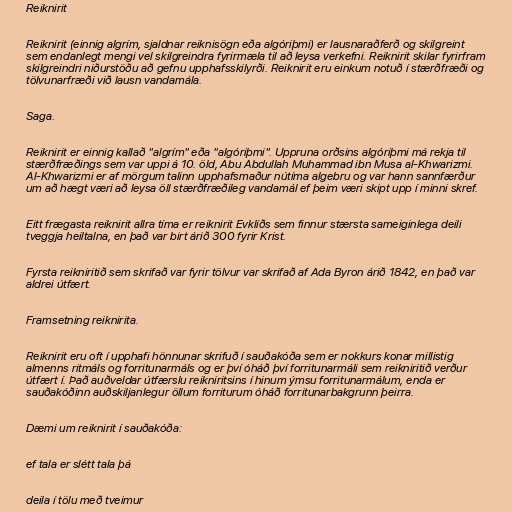
Reiknirit

Reiknirit (einnig algrím, sjaldnar reiknisögn eða algóriþmi) er lausnaraðferð og skilgreint
sem endanlegt mengi vel skilgreindra fyrirmæla til að leysa verkefni. Reiknirit skilar fyrirfram
skilgreindri niðurstöðu að gefnu upphafsskilyrði. Reiknirit eru einkum notuð í stærðfræði og
tölvunarfræði við lausn vandamála.

Saga.

Reiknirit er einnig kallað "algrím" eða "algóriþmi". Uppruna orðsins algóriþmi má rekja til
stærðfræðings sem var uppi á 10. öld, Abu Abdullah Muhammad ibn Musa al-Khwarizmi.
Al-Khwarizmi er af mörgum talinn upphafsmaður nútíma algebru og var hann sannfærður
um að hægt væri að leysa öll stærðfræðileg vandamál ef þeim væri skipt upp í minni skref.

Eitt frægasta reiknirit allra tíma er reiknirit Evklíðs sem finnur stærsta sameiginlega deili
tveggja heiltalna, en það var birt árið 300 fyrir Krist.

Fyrsta reikniritið sem skrifað var fyrir tölvur var skrifað af Ada Byron árið 1842, en það var
aldrei útfært.

Framsetning reiknirita.

Reiknirit eru oft í upphafi hönnunar skrifuð í sauðakóða sem er nokkurs konar millistig
almenns ritmáls og forritunarmáls og er því óháð því forritunarmáli sem reikniritið verður
útfært í. Það auðveldar útfærslu reikniritsins í hinum ýmsu forritunarmálum, enda er
sauðakóðinn auðskiljanlegur öllum forriturum óháð forritunarbakgrunn þeirra.

Dæmi um reiknirit í sauðakóða:

ef tala er slétt tala þá

deila í tölu með tveimur